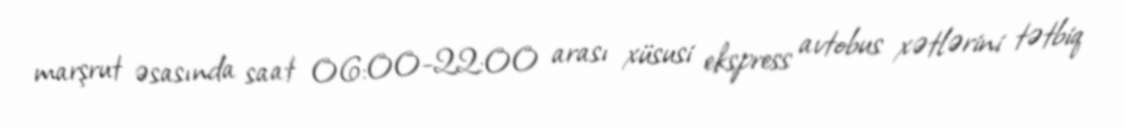
marşrut əsasında saat 06:00-22:00 arası xüsusi ekspress avtobus xətlərini tətbiq